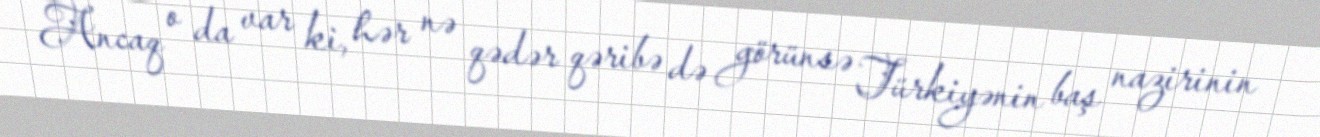
Ancaq o da var ki, hər nə qədər qəribə də görünsə Türkiyənin baş nazirinin